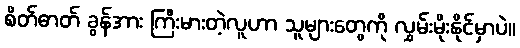
စိတ်ဓာတ် ခွန်အား ကြီးမားတဲ့လူဟာ သူများတွေကို လွှမ်းမိုးနိုင်မှာပဲ။